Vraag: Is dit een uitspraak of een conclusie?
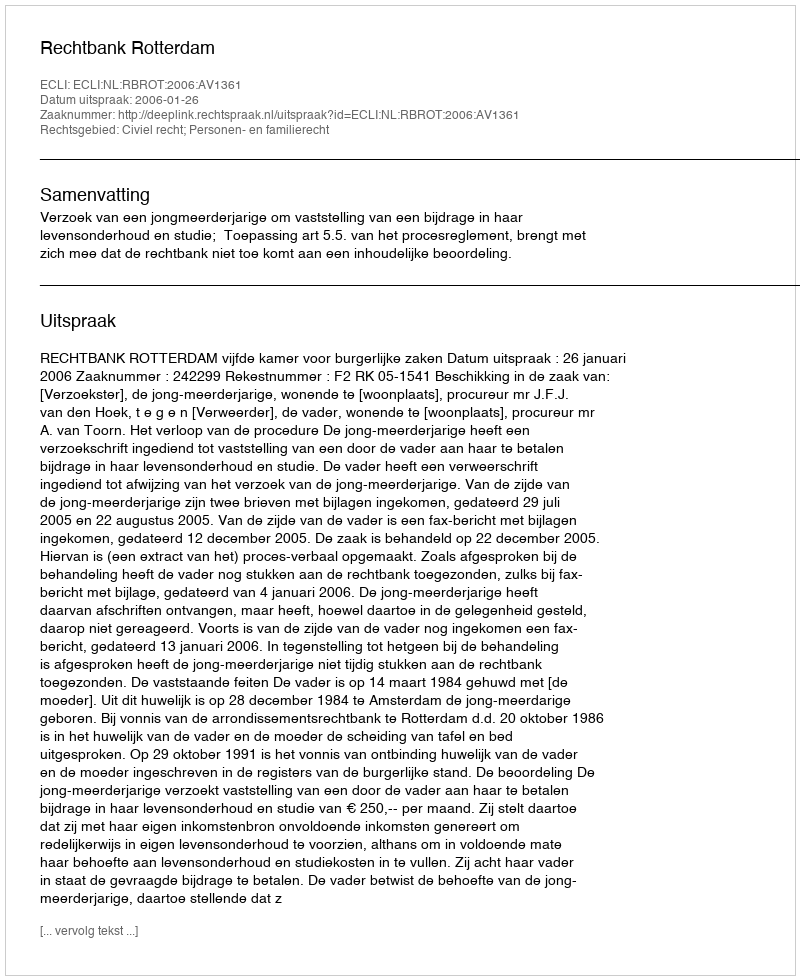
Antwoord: Uitspraak